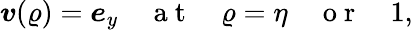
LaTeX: \boldsymbol{\mathit{v}}(\varrho)=\boldsymbol{e}_{y}\quad\mathrm{{~a~t~}}\quad\varrho=\eta\quad\mathrm{{~o~r~}}\quad1,